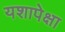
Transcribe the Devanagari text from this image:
यशापेक्षा